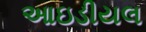
આઇડીયલ